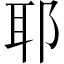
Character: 耶